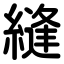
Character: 縫